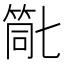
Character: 𮅗